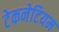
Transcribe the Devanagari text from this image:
टेकनेटियम